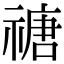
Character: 禟